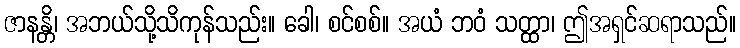
ဇာနန္တိ၊ အဘယ်သို့သိကုန်သည်း။ ခေါ၊ စင်စစ်။ အယံ ဘဝံ သတ္ထာ၊ ဤအရှင်ဆရာသည်။